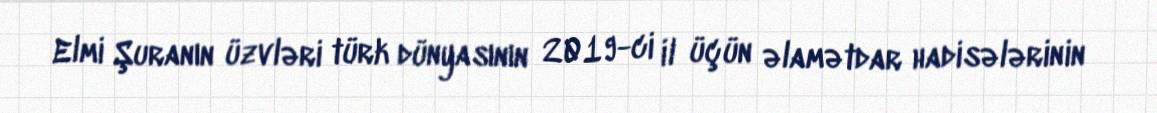
Elmi Şuranın üzvləri türk dünyasının 2019-ci il üçün əlamətdar hadisələrinin